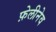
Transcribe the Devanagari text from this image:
फ़ेलीनेव